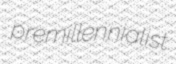
premillennialist